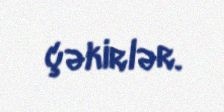
çəkirlər.